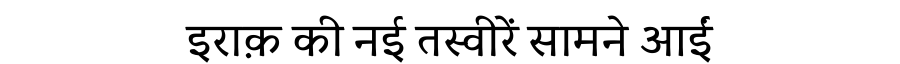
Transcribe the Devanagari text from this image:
इराक़ की नई तस्वीरें सामने आईं